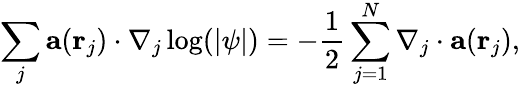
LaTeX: \sum_{j}\mathbf{a}(\mathbf{r}_{j})\cdot\nabla_{j}\log(|\psi|)=-\frac{1}{2}\sum_{j=1}^{N}\nabla_{j}\cdot\mathbf{a}(\mathbf{r}_{j}),